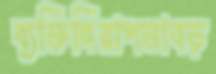
ব্যক্তিনিরাপত্তাবড়